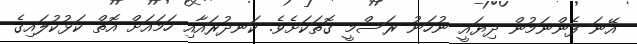
އޭނަ ފެންނަމުން ދިޔައީ ނުހަނު ރަސްމީ ގޮތަކަށެވެ. ކަނދުރައާއި ހަމައަށް އޮތް ކަޅުކުލައިގެ